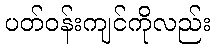
ပတ်ဝန်းကျင်ကိုလည်း